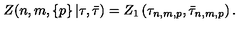
Z ( n , m , \left\{ p \right\} | \tau , \bar { \tau } ) = Z _ { 1 } \left( \tau _ { n , m , p } , \bar { \tau } _ { n , m , p } \right) .